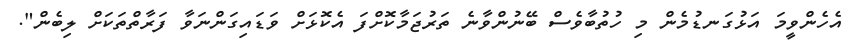
އެހެންވީމަ އަޅުގަނޑުމެން މި ހުތުބާވެސް ބޭނުންވާނެ ތަރުޖަމާކޮށްފަ އެކޮޅަށް ވަޑައިގަންނަވާ ފަރާތްތަކަށް ލިބެން".